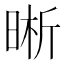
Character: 晰